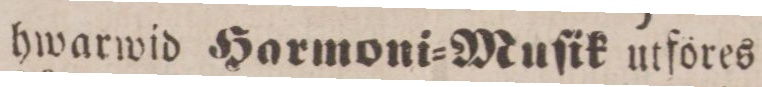
hwarwid Harmoni=Muſik utföres